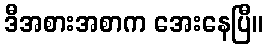
ဒီအစားအစာက အေးနေပြီ။